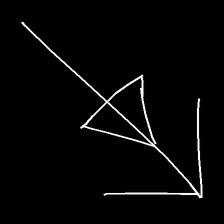
Glyph: pull